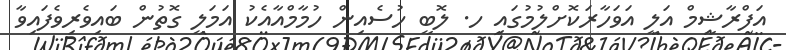
އަފްރާޝީމް އަލީ އަވަހާރަކޮށްލުމުގައި ހ. ލޮބީ ހުސެއިން ހުމާމްއާއެކު އަމަލީ ގޮތުން ބައިވެރިވެފައިވާ